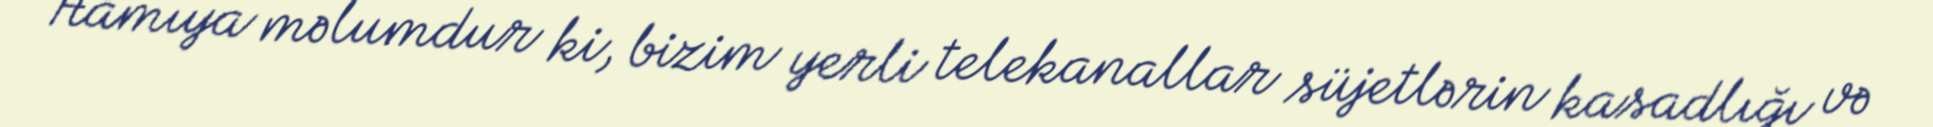
Hamıya məlumdur ki, bizim yerli telekanallar süjetlərin kasadlığı və